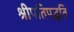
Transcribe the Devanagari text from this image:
श्रीपतिपद्धति